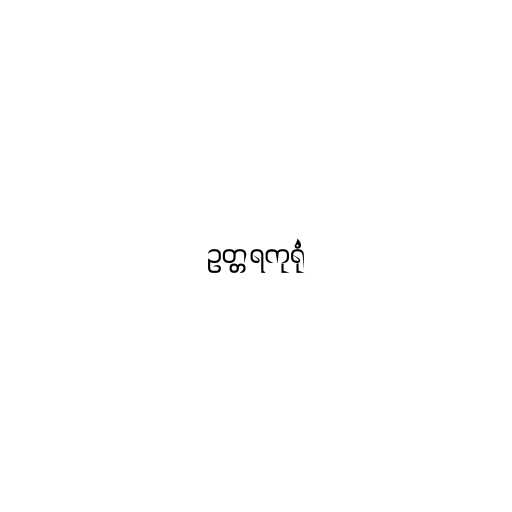
ဥတ္တရကုရုံ